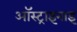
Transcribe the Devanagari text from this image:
ऑस्ट्राइनाइ